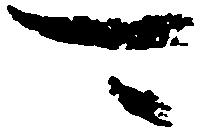
可